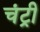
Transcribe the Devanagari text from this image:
चंट्री